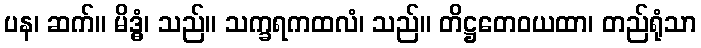
ပန၊ ဆက်။ မိဒ္ဓံ၊ သည်။ သက္ခရကထလံ၊ သည်။ တိဋ္ဌတေဝယထာ၊ တည်ရုံသာ